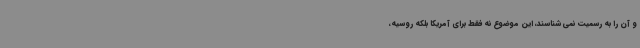
و آن را به رسمیت نمی شناسند، این موضوع نه فقط برای آمریکا بلکه روسیه،